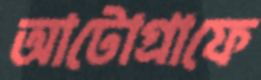
আটোগ্রাফে